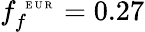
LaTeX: f_{f}^{\mathrm{~\tiny~E~U~R~}}=0.27